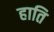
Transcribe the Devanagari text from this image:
हाति